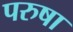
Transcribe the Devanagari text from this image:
परुषा